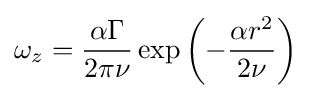
\omega _{z}={\frac {\alpha \Gamma }{2\pi \nu }}\exp \left(-{\frac {\alpha r^{2}}{2\nu }}\right)